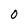
Character: O